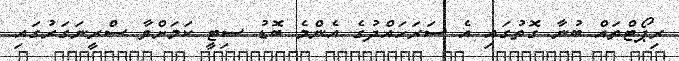
ރިޕޯޓްތައް ބުނާ ގޮތުގައި އެ ސަރަހައްދުގެ އެންމެ ބޮޑު ސިޓީ ކަމަށްވާ ސްރީނަގަރުގައި